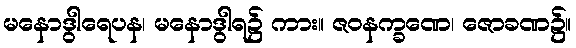
မနောဒွါရေပန၊ မနောဒွါရ၌ ကား။ ဇဝနက္ခဏေ၊ ဇောခဏ၌။